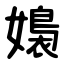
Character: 嬝